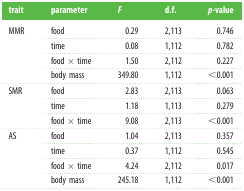
| trait | parameter | F | d.f. | p-value |
 | --- | --- | --- | --- | --- |
 | <ROWSPAN=4> MMR | food | 0.29 | 2,113 | 0.746 |
 | time | 0.08 | 1,112 | 0.782 |
 | food × time | 1.50 | 2,112 | 0.227 |
 | body mass | 349.80 | 1,112 | <0.001 |
 | <ROWSPAN=3> SMR | food | 2.83 | 2,113 | 0.063 |
 | time | 1.18 | 1,113 | 0.279 |
 | food × time | 9.08 | 2,113 | <0.001 |
 | <ROWSPAN=4> AS | food | 1.04 | 2,113 | 0.357 |
 | time | 0.37 | 1,112 | 0.545 |
 | food × time | 4.24 | 2,112 | 0.017 |
 | body mass | 245.18 | 1,112 | <0.001 |